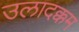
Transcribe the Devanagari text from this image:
उलादक्कम